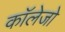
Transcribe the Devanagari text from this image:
काॅलेजो